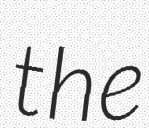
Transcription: the